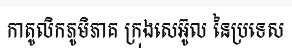
កាតូលិកភូមិភាគ ក្រុងសេអ៊ូល នៃប្រទេស